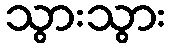
သွားသွား